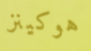
هوكينز